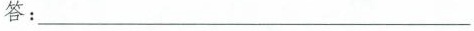
答：_____________________